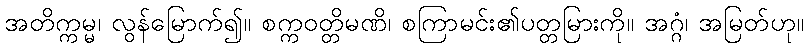
အတိက္ကမ္မ၊ လွန်မြောက်၍။ စက္ကဝတ္တိမဏိ၊ စကြာမင်း၏ပတ္တမြားကို။ အဂ္ဂံ၊ အမြတ်ဟု။